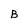
Character: B